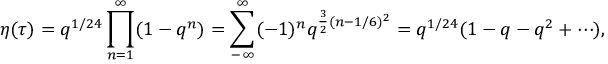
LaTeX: \eta ( \tau ) = q ^ { 1 / 2 4 } \prod _ { n = 1 } ^ { \infty } ( 1 - q ^ { n } ) = \sum _ { - \infty } ^ { \infty } ( - 1 ) ^ { n } q ^ { \frac { 3 } { 2 } ( n - 1 / 6 ) ^ { 2 } } = q ^ { 1 / 2 4 } ( 1 - q - q ^ { 2 } + \cdots ) ,